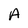
Character: A